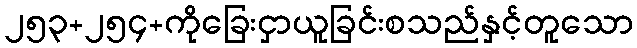
၂၅၃+၂၅၄+ကိုခြေးငှာယူခြင်းစသည်နှင့်တူသော